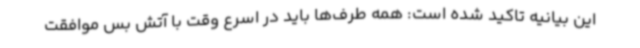
این بیانیه تاکید شده است: همه طرف‌ها باید در اسرع وقت با آتش بس موافقت